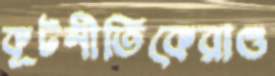
কূটনীতিকেরাও